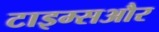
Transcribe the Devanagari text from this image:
टाइम्सऔर